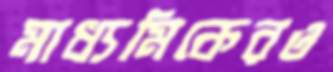
মাধ্যমিকেরও